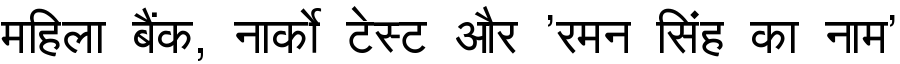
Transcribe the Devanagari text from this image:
महिला बैंक, नार्को टेस्ट और 'रमन सिंह का नाम'